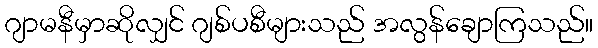
ဂျာမနီမှာဆိုလျှင် ဂျစ်ပစီများသည် အလွန်ချောကြသည်။